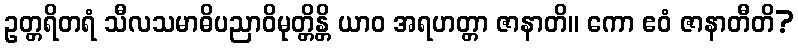
ဥတ္တရိတရံ သီလသမာဓိပညာဝိမုတ္တိန္တိ ယာဝ အရဟတ္တာ ဇာနာတိ။ ကော ဧဝံ ဇာနာတီတိ?